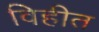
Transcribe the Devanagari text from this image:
विहीत